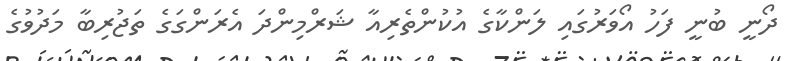
ދޯނީ ބުނީ ފަހު އޯވަރުގައި ލަންކާގެ އުކުންތެރިއާ ޝަރްމިންދަ އެރަންގަގެ ތަޖުރިބާ މަދުވުގެ